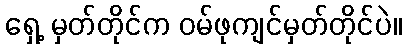
ရှေ့ မှတ်တိုင်က ဝမ်ဖုကျင်မှတ်တိုင်ပဲ။